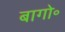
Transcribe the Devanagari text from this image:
बागो॰